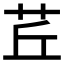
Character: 茊